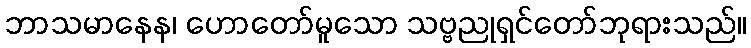
ဘာသမာနေန၊ ဟောတော်မူသော သဗ္ဗညုရှင်တော်ဘုရားသည်။